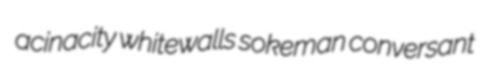
acinacity whitewalls sokeman conversant